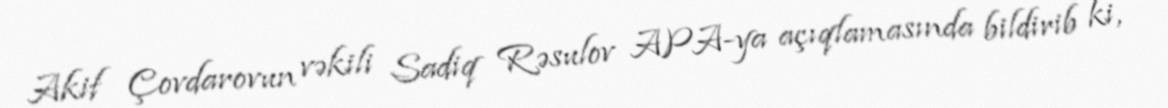
Akif Çovdarovun vəkili Sadiq Rəsulov APA-ya açıqlamasında bildirib ki,